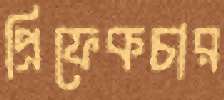
প্রিফেকচার